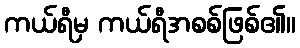
ကယ်ရီမှ ကယ်ရီအစစ်ဖြစ်၏။